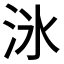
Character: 𬇟